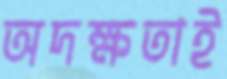
অদক্ষতাই